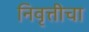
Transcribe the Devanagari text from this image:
निवृत्तीचा